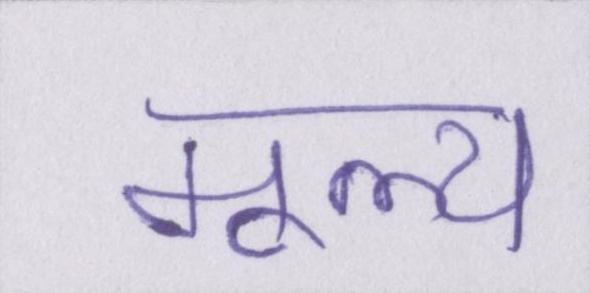
मूल्य